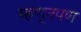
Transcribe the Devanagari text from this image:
म्हणूनपण